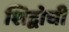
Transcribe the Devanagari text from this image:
शिद्वोची